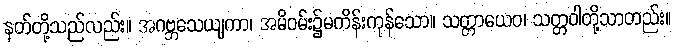
နတ်တို့သည်လည်း။ အဂဗ္ဘသေယျကာ၊ အမိဝမ်း၌မကိန်းကုန်သော။ သတ္တာယေဝ၊ သတ္တဝါတို့သာတည်း။